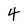
Character: 4